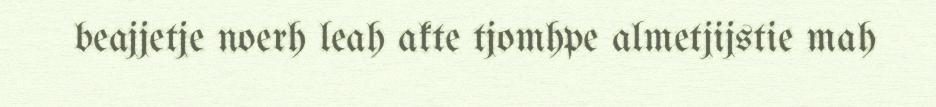
beajjetje noerh leah akte tjomhpe almetjijstie mah